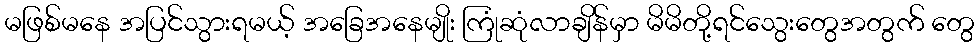
မဖြစ်မနေ အပြင်သွားရမယ့် အခြေအနေမျိုး ကြုံဆုံလာချိန်မှာ မိမိတို့ရင်သွေးတွေအတွက် တွေ